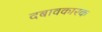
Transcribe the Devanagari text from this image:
दबावकारक